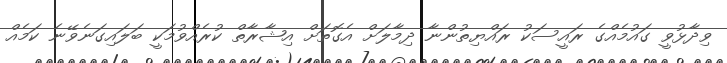
ވިދާޅުވީ ގައުމެއްގެ ރައީސަކު ރައްޔިތުންނާ ދިމާލަށް އެގޮތަށް އިޝާރާތް ކުރެއްވުމަކީ ބަލައިގަނެވޭނެ ކަމެއް